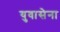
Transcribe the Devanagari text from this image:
युवासेना